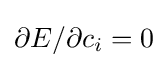
\partial {E}/\partial {c_{i}}=0